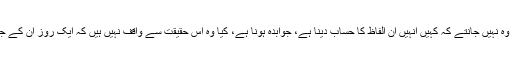
کیا وہ نہیں جانتے ان کے یہ الفاظ کوئی لکھ رہا ہے، کیا وہ نہیں جانتے کہ کہیں انہیں ان الفاظ کا حساب دینا ہے، جوابدہ ہونا ہے، کیا وہ اس حقیقت سے واقف نہیں ہیں کہ ایک روز ان کے جسمانی اعضاء گواہی دیں گے کہ وہ کیا کرتے رہے ہیں۔